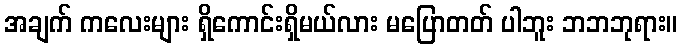
အချက် ကလေးများ ရှိကောင်းရှိမယ်လား မပြောတတ် ပါဘူး ဘဘဘုရား။